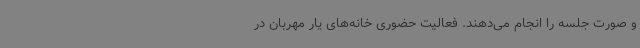
و صورت جلسه را انجام می‌دهند. فعالیت حضوری خانه‌های یار مهربان در